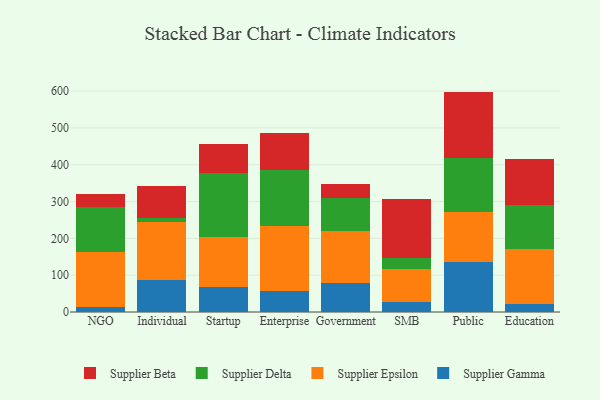
{"axis": {"x": "Segment", "y": "LTV (USD)"}, "legend": ["Supplier Beta", "Supplier Delta", "Supplier Epsilon", "Supplier Gamma"], "data": [{"x": "NGO", "y": 14.3, "type": "Supplier Gamma"}, {"x": "NGO", "y": 149.4, "type": "Supplier Epsilon"}, {"x": "NGO", "y": 122.7, "type": "Supplier Delta"}, {"x": "NGO", "y": 35.2, "type": "Supplier Beta"}, {"x": "Individual", "y": 87.7, "type": "Supplier Gamma"}, {"x": "Individual", "y": 155.7, "type": "Supplier Epsilon"}, {"x": "Individual", "y": 12.7, "type": "Supplier Delta"}, {"x": "Individual", "y": 85.8, "type": "Supplier Beta"}, {"x": "Startup", "y": 67.8, "type": "Supplier Gamma"}, {"x": "Startup", "y": 134.8, "type": "Supplier Epsilon"}, {"x": "Startup", "y": 175.8, "type": "Supplier Delta"}, {"x": "Startup", "y": 77.7, "type": "Supplier Beta"}, {"x": "Enterprise", "y": 56.5, "type": "Supplier Gamma"}, {"x": "Enterprise", "y": 177.0, "type": "Supplier Epsilon"}, {"x": "Enterprise", "y": 153.4, "type": "Supplier Delta"}, {"x": "Enterprise", "y": 100.0, "type": "Supplier Beta"}, {"x": "Government", "y": 78.0, "type": "Supplier Gamma"}, {"x": "Government", "y": 141.6, "type": "Supplier Epsilon"}, {"x": "Government", "y": 90.8, "type": "Supplier Delta"}, {"x": "Government", "y": 37.5, "type": "Supplier Beta"}, {"x": "SMB", "y": 26.6, "type": "Supplier Gamma"}, {"x": "SMB", "y": 91.0, "type": "Supplier Epsilon"}, {"x": "SMB", "y": 27.9, "type": "Supplier Delta"}, {"x": "SMB", "y": 162.2, "type": "Supplier Beta"}, {"x": "Public", "y": 135.5, "type": "Supplier Gamma"}, {"x": "Public", "y": 135.4, "type": "Supplier Epsilon"}, {"x": "Public", "y": 147.9, "type": "Supplier Delta"}, {"x": "Public", "y": 179.8, "type": "Supplier Beta"}, {"x": "Education", "y": 21.1, "type": "Supplier Gamma"}, {"x": "Education", "y": 150.4, "type": "Supplier Epsilon"}, {"x": "Education", "y": 118.6, "type": "Supplier Delta"}, {"x": "Education", "y": 125.7, "type": "Supplier Beta"}]}